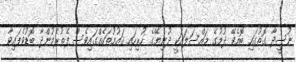
ނުސީދާ ގޮތުގައި ބޮއެވޭ ދުމުގެ މައްސަލައަކީ ދުނިޔޭގެ ހުރިހައި ޤައުމުތަކެއްގައިވެސް ފެތުރެމުންދާ ބޮޑުވެފައިވާ